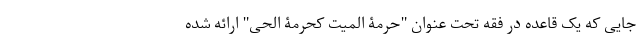
جایی که یک قاعده در فقه تحت عنوان "حرمة المیت کحرمة‌ الحی" ارائه شده